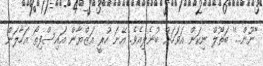
''ނޫން...'' ބަތޫލް ނިކަން އަވަހަށް ބުނެލިއެވެ. އޭނަ ހުރީ އަޒްޔާން އައިސްފިތޯ އަހާލަން